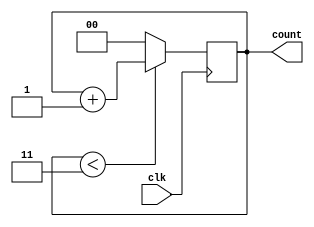
`timescale 1ns/1ps
//////////////////////////////////////////////////////////////////////////////////
// Company: 
// Engineer: 
// 
// Design Name: 
// Module Name: 2b_counter
// Project Name: 
// Target Devices: 
// Tool Versions: 
// Description: 
// 
// Dependencies: 
// 
// Revision:
// Revision 0.01 - File Created
// Additional Comments:
// 
//////////////////////////////////////////////////////////////////////////////////

module counter (
  input clk,
  output reg [1:0] count
);

  initial begin
    count = 2'b00;
  end

  always @(posedge clk) begin
    if (count < 2'b11) begin
      count = count + 1;
    end else begin
      count = 2'b00;
    end
  end

endmodule